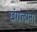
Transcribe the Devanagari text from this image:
खंगलाना